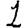
Digit: 1